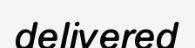
delivered